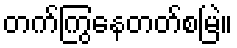
တက်ကြွနေတတ်စမြဲ။